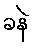
ခနဲ